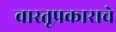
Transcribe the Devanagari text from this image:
वास्तूप्रकाराचे